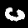
Label: 0